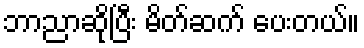
ဘာညာဆိုပြီး မိတ်ဆက် ပေးတယ်။